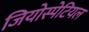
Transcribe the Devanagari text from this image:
जियोस्पेटियल